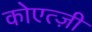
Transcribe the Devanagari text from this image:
कोएत्ज़ी